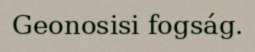
Geonosisi fogság.